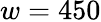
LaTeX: w=450